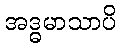
အဒ္ဓမာသာပိ